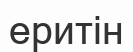
еритін